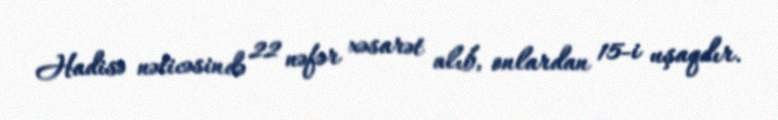
Hadisə nəticəsində 22 nəfər xəsarət alıb, onlardan 15-i uşaqdır.